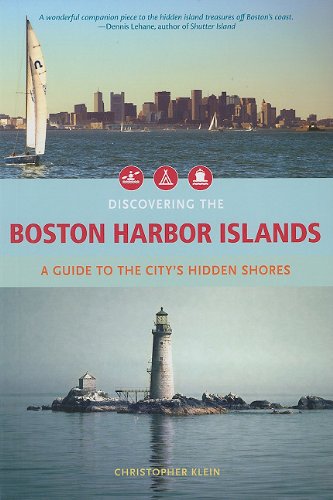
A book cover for Discovering the Boston Harbor Islands; Christopher Klein; Travel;